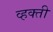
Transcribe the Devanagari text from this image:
व्हक्ती